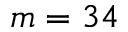
m = 3 4